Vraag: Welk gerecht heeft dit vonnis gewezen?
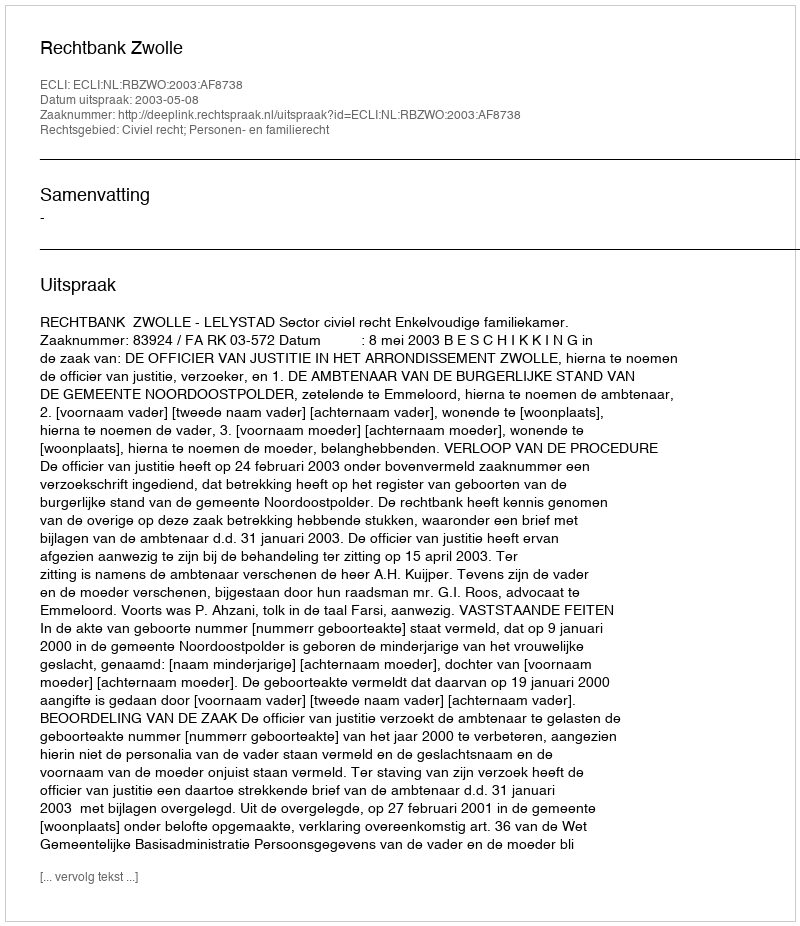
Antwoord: Rechtbank Zwolle